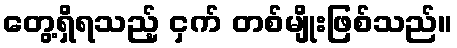
တွေ့ရှိရသည့် ငှက် တစ်မျိုးဖြစ်သည်။